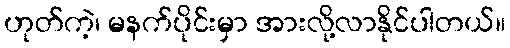
ဟုတ်ကဲ့၊ မနက်ပိုင်းမှာ အားလို့လာနိုင်ပါတယ်။